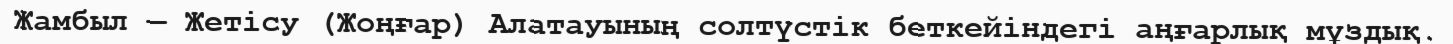
Жамбыл — Жетісу (Жоңғар) Алатауының солтүстік беткейіндегі аңғарлық мұздық.